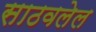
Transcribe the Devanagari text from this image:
साठवलेल